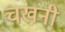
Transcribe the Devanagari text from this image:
चखनी